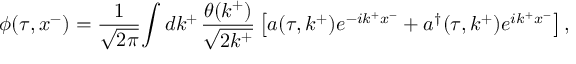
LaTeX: \phi ( \tau , x ^ { - } ) = \frac { 1 } { \sqrt { 2 \pi } } \! \int d k ^ { + } \; \! \frac { \theta ( k ^ { + } ) } { \sqrt { 2 k ^ { + } } } \left[ a ( \tau , k ^ { + } ) e ^ { - i k ^ { + } x ^ { - } } + { a ^ { \dag } } ( \tau , k ^ { + } ) e ^ { i k ^ { + } x ^ { - } } \right] ,